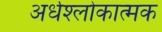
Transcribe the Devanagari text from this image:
अर्धश्लोकात्मक